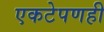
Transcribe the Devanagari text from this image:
एकटेपणही